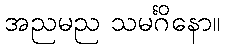
အညမည သမင်္ဂိနော။